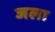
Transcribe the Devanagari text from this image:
जला